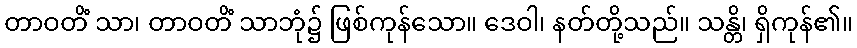
တာဝတိံ သာ၊ တာဝတိံ သာဘုံ၌ ဖြစ်ကုန်သော။ ဒေဝါ၊ နတ်တို့သည်။ သန္တိ၊ ရှိကုန်၏။